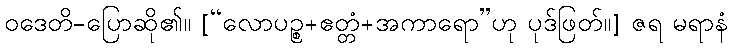
ဝဒေတိ-ပြောဆို၏။ [“လောပဉ္စ+ဧတ္တံ+အကာရော”ဟု ပုဒ်ဖြတ်။] ဇရ မရာနံ